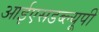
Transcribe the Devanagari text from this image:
आईएसडब्ल्यूपी